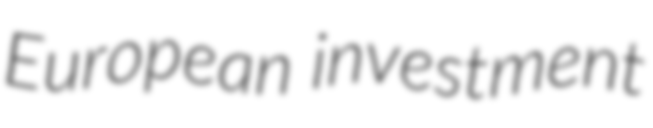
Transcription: European investment